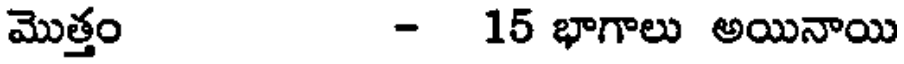
మొత్తం - 15 భాగాలు అయినాయి